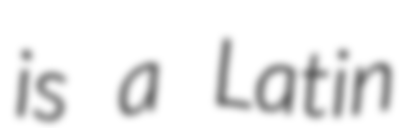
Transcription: is a Latin